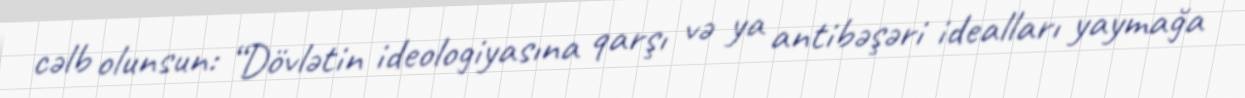
cəlb olunsun: “Dövlətin ideologiyasına qarşı və ya antibəşəri idealları yaymağa